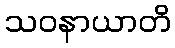
သဝနာယာတိ